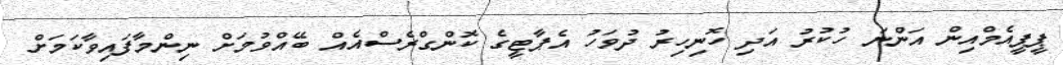
ޕީޕީއެމްއިން އަންނަ ހުކުރު އަދި ހޮނިހިރު ދުވަހު އެޕާޓީގެ ކޮންގްރެސްއެއް ބޭއްވުމަށް ނިންމާފައިވާކަމަށް